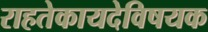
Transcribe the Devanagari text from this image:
राहतेकायदेविषयक